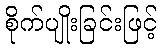
စိုက်ပျိုးခြင်းဖြင့်